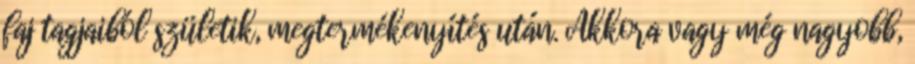
faj tagjaiból születik, megtermékenyítés után. Akkora vagy még nagyobb,